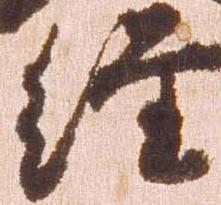
経